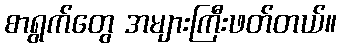
စာရွက်တွေ အများကြီးဖတ်တယ်။